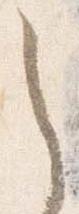
之